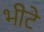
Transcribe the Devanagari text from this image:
भीटे